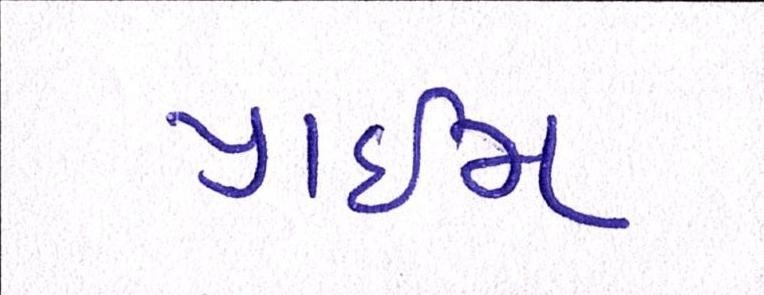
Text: પ્રાઇમ